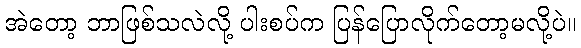
အဲတော့ ဘာဖြစ်သလဲလို့ ပါးစပ်က ပြန်ပြောလိုက်တော့မလို့ပဲ။